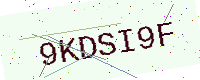
Text: 9KDSI9F